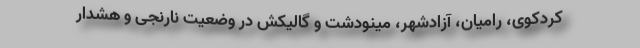
کردکوی، رامیان، آزادشهر، مینودشت و گالیکش در وضعیت نارنجی و هشدار